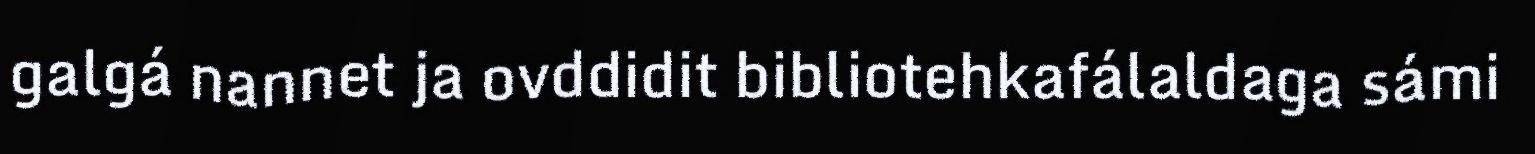
galgá nannet ja ovddidit bibliotehkafálaldaga sámi